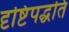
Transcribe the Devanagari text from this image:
दृष्टिपद्धति